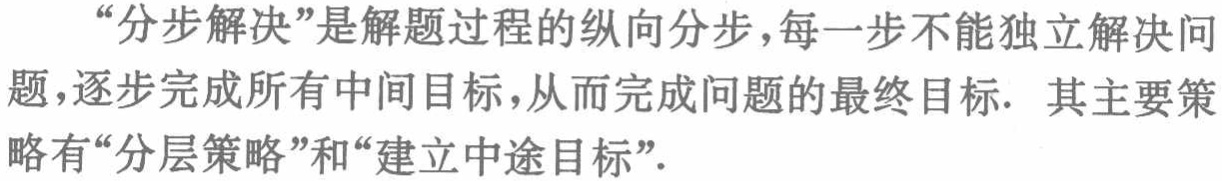
“分步解决”是解题过程的纵向分步，每一步不能独立解决问题，逐步完成所有中间目标，从而完成问题的最终目标. 其主要策略有“分层策略”和“建立中途目标”.